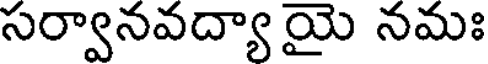
సర్వానవద్యా యై నమః